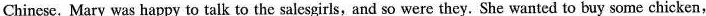
Chinese. Mary was happy to talk to the salesgirls, and so were they. She wanted to buy some chicken,